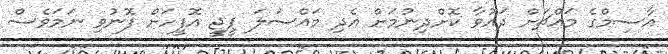
އާސިމްގެ މައްޗަށް ދައުވާ ކޮށްދިނުމަށް އެދި މައްސަލަ ޕީޖީ އޮފީހަށް ފޮނުވި ނަމަވެސް